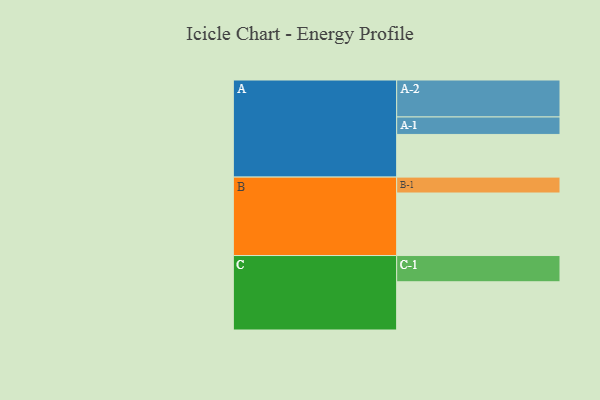
{"axis": {"x": "Segment", "y": "Value"}, "legend": ["", "A", "B", "C"], "data": [{"x": "A", "y": 322, "type": ""}, {"x": "B", "y": 472, "type": ""}, {"x": "C", "y": 364, "type": ""}, {"x": "A-1", "y": 132, "type": "A"}, {"x": "A-2", "y": 279, "type": "A"}, {"x": "B-1", "y": 120, "type": "B"}, {"x": "C-1", "y": 198, "type": "C"}]}